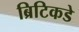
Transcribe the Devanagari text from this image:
ब्रिटिकडे